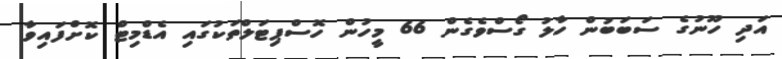
އަދި ހޫނުގެ ސަބަބުން ހާލު ގޯސްވެގެން 66 މީހުން ހޮސްޕިޓަލްތަކުގައި އެޑްމިޓް ކޮށްފައިވާ